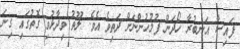
ފައިސާ އަނބުރާ ހޯދަން ފުލުހުންނަށް ދަތިވެ އެވެ. ލޫތު ވިދާޅުވި ގޮތުގައި ގިނަ